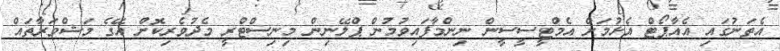
އެތަނުގައި އެއާޕޯޓް އެޅުމަށް އެމްޓީސީސީން ނިންމާފައިވުމުން ޕްލޭނިން މިނިސްޓްރީ މެދުވެރިކޮށް އޭގެ މަޝްވަރާތައް